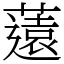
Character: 薳